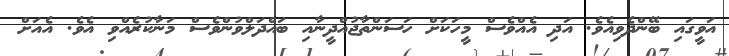
އަވީގައި ބޭންދެވިއެވެ. އަދި އެއްވެސް މީހަކަށް ހަސަންތާޖުއްދީނާއި ބައްދަލްވުންވެސް މަނާކުރެއްވި އެވެ. އެއަށް